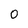
Character: 0